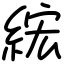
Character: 綋